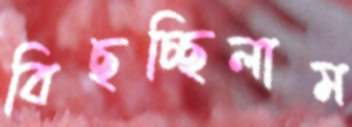
বিছচ্ছিলাম